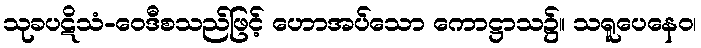
သုခပဋိသံ-ဝေဒီစသည်ဖြင့် ဟောအပ်သော ကောဋ္ဌာသ၌။ သရူပေနေဝ၊